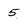
Character: 5